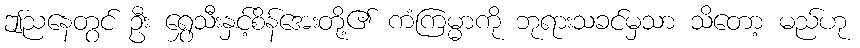
ဤညနေတွင် ဦး ရွှေသီးနှင့်စိန်အေးတို့၏ ကံကြမ္မာကို ဘုရားသခင်မှသာ သိတော့ မည်ဟု